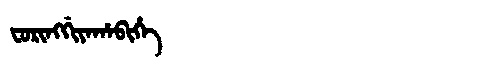
Manchu: ᠸᠣᡵᡳᠩᡤᡳᠶᠠᡥᠠᠪᡳᡥᡝ
Romanization: FORINGGIYAHABIHE